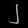
Digit: ၂